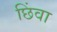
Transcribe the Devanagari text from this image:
छिंवा